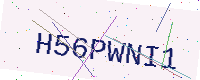
Text: H56PWNI1